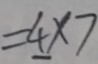
= 4 \times 7